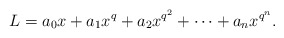
\begin{align*}L=a_0x+a_1x^q+a_2x^{q^2}+\cdots+a_n x^{q^n}.\end{align*}